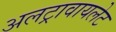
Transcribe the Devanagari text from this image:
अलट्रावायलेट